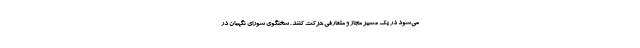
می‌شود در یک مسیر مجاز و متعارفی حرکت کنند . سخنگوی شورای نگهبان در